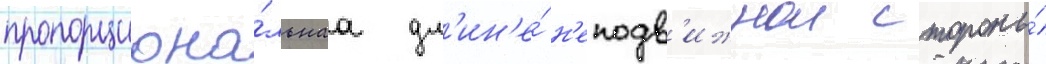
пропорциона́льнаа дл'ин'е́ н'еподв'ижнои стороны́